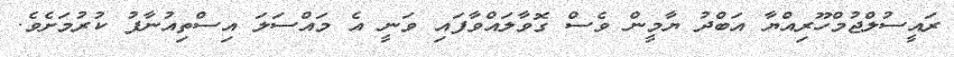
ރައީސުލްޖުމްހޫރިއްޔާ އަބްދު ޔާމީން ވެސް ގޮވާލައްްވާފައި ވަނީ އެ މައްސަލަ އިސްތިއުނާފު ކުރުމަށެވެ.